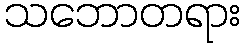
သဘောတရား